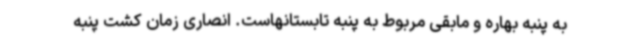
به پنبه بهاره و مابقی مربوط به پنبه تابستانهاست. انصاری زمان کشت پنبه